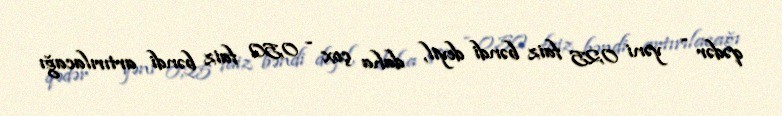
qədər - yəni 0,25 faiz bəndi deyil, daha çox - 0,50 faiz bəndi artırılacağı